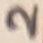
Text: 2